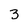
Character: 3